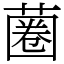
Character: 蔨